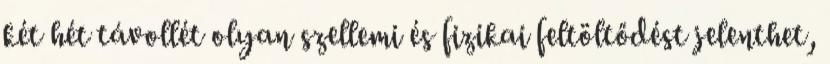
két hét távollét olyan szellemi és fizikai feltöltődést jelenthet,